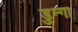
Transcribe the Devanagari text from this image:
डुन्गा